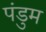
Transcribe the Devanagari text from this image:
पंडुम